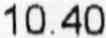
10.40